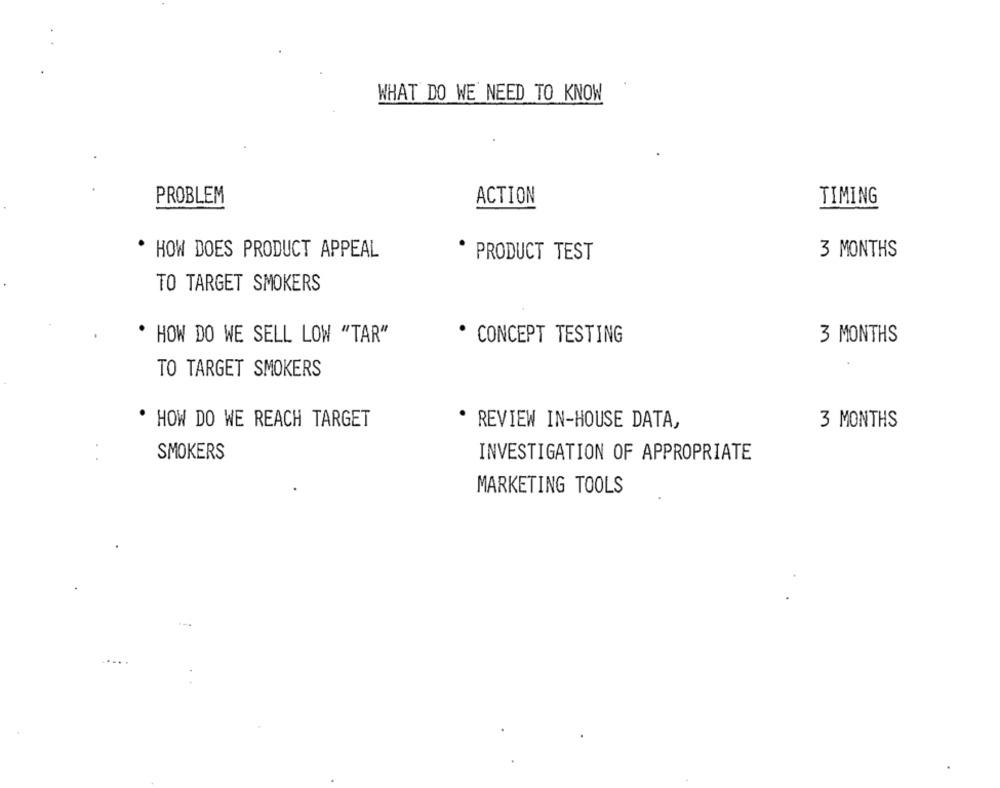
WHAT DO WE NEED TO KNOW
PROBLEM
ACTION
TIMING
HOW DOES PRODUCT APPEAL
PRODUCT TEST
3 MONTHS
TO TARGET SMOKERS
HOW DO WE SELL LOW ""TAR"
CONCEPT TESTING
3 MONTHS
TO TARGET SMOKERS
HOW DO WE REACH TARGET
REVIEW IN-HOUSE DATA,
3 MONTHS
SMOKERS
INVESTIGATION OF APPROPRIATE
MARKETING TOOLS